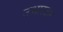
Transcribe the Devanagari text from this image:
उभारदार